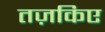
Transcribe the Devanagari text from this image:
तज़किए